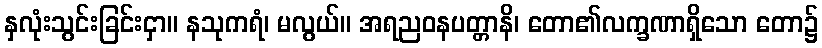
နှလုံးသွင်းခြင်းငှာ။ နသုကရံ၊ မလွယ်။ အရညဝနပတ္တာနိ၊ တော၏လက္ခဏာရှိသော တော၌